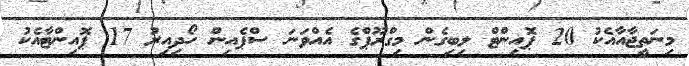
މިނަތީޖާއާއެކު 20 ޕޮއިންޓް ލިބިގެން މިގްރޫޕްގެ އެއްވަނަ ސްޕެއިން ހޯދިއިރު 17 ޕޮއިންޓާއެކު